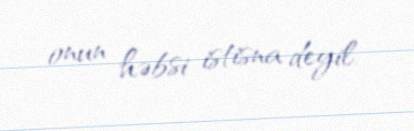
onun həbsi istisna deyil.